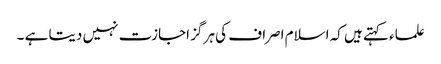
علماء کہتے ہیں کہ اسلام اصراف کی ہر گز اجازت نہیں دیتا ہے ۔